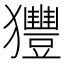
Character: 𤣖